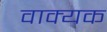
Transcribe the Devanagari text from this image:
वाक्यक